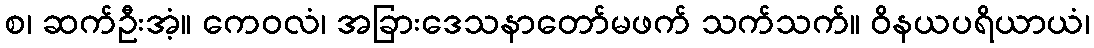
စ၊ ဆက်ဦးအံ့။ ကေဝလံ၊ အခြားဒေသနာတော်မဖက် သက်သက်။ ဝိနယပရိယာယံ၊